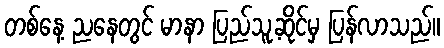
တစ်နေ့ ညနေတွင် မာနာ ပြည်သူ့ဆိုင်မှ ပြန်လာသည်။